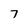
Character: 7